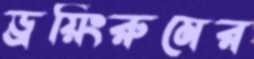
ড্রয়িংরুমের